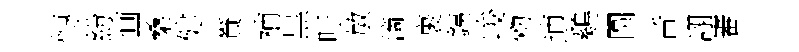
慱紛画桑健賚補黒吁敏滴裹銕峻勑逋鷄圆音詡審